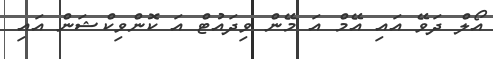
އޯލް ދަވޭ އައި އޭމް އަ މޭން ވިދައުޓް އަ ކޮންވިކްޝަން އައި